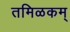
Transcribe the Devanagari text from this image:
तमिळकम्‌